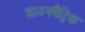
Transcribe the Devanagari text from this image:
डाउनपैट्रिक